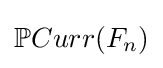
\mathbb {P} Curr(F_{n})